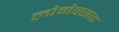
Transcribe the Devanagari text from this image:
लोमेक्साइ